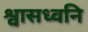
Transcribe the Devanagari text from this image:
श्वासध्वनि